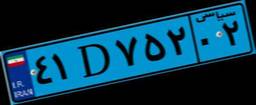
۴۷D۹۳۰۰۱